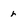
Character: r